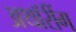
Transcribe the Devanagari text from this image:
अथॉरींग